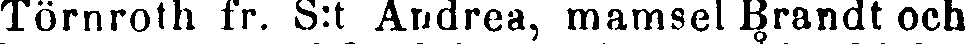
Törnroth fr. S:t Andrea, mamsel Brandt och